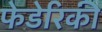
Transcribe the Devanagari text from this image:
फेडेरिकी